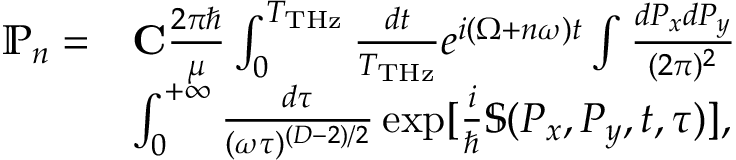
\begin{array} { r l } { \mathbb { P } _ { n } = } & { { \bf C } \frac { 2 \pi \hbar } { \mu } \int _ { 0 } ^ { T _ { \mathrm { T H z } } } \frac { d t } { T _ { \mathrm { T H z } } } e ^ { i ( \Omega + n \omega ) t } \int \frac { d P _ { x } d P _ { y } } { ( 2 \pi ) ^ { 2 } } } \\ & { \int _ { 0 } ^ { + \infty } \frac { d \tau } { ( \omega \tau ) ^ { ( D - 2 ) / 2 } } \exp [ { \frac { i } { \hbar } \mathbb { S } ( P _ { x } , P _ { y } , t , \tau ) } ] , } \end{array}